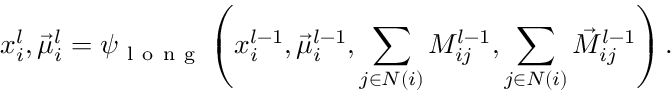
x _ { i } ^ { l } , \vec { \mu } _ { i } ^ { l } = \psi _ { \mathrm { ~ l ~ o ~ n ~ g ~ } } \left( x _ { i } ^ { l - 1 } , \vec { \mu } _ { i } ^ { l - 1 } , \sum _ { j \in N ( i ) } M _ { i j } ^ { l - 1 } , \sum _ { j \in N ( i ) } \vec { M } _ { i j } ^ { l - 1 } \right) .